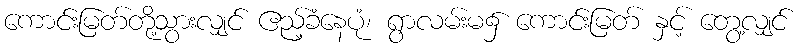
ကောင်းမြတ်တို့သွားလျှင် ဧည့်ခံနေပုံ၊ ရွာလမ်းမ၌ ကောင်းမြတ် နှင့် တွေ့လျှင်